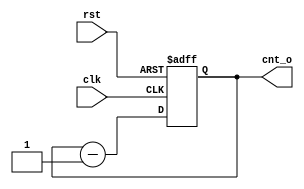


// **************************************************************
// COPYRIGHT(c)2015, Xidian University
// All rights reserved.
//
// IP LIB INDEX :  
// IP Name      :      
// File name    : 
// Module name  : 
// Full name    :  
//
// Data         : 
// Version      : V 1.0 
// 
// Abstract     : 
// Called by    :  
// 
// Modification history
// -----------------------------------------------------------------
// 
// 
//
// *****************************************************************

// *******************
// TIMESCALE
// ******************* 
`timescale 1ns/1ps 

// *******************
// INFORMATION
// *******************


//*******************
//DEFINE(s)
//*******************
//`define UDLY 1    //Unit delay, for non-blocking assignments in sequential logic



//*******************
//DEFINE MODULE PORT
//*******************
module  cnt   (     
            input	clk ,
            input	rst ,
            output  reg [5:0] cnt_o         
              ) ;

//*******************
//DEFINE LOCAL PARAMETER
//*******************
//parameter(s)
                                    
 

//*********************
//INNER SIGNAL DECLARATION
//*********************
//REGS
  

//WIRES
 

//*********************
//INSTANTCE MODULE
//*********************




//*********************
//MAIN CORE
//********************* 

always @(posedge clk or posedge rst) begin
	if (rst == 1'b1) begin
		cnt_o <= 'd0 ;
	end
    else begin
        cnt_o <= cnt_o-1'b1 ;
    end
end



//*********************
endmodule